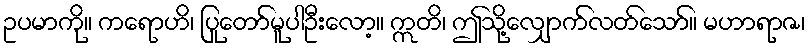
ဥပမာကို။ ကရောဟိ၊ ပြုတော်မူပါဦးလော့။ ဣတိ၊ ဤသို့လျှောက်လတ်သော်။ မဟာရာဇ၊